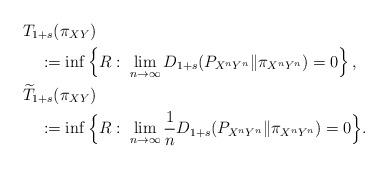
LaTeX: \begin{align*} & T_{1+s}(\pi_{XY}) \\ & \quad:=\inf\left\{ R:\;\lim_{n\to\infty}D_{1+s}(P_{X^{n}Y^{n}}\|\pi_{X^{n}Y^{n}})=0\right\} ,\\ & \widetilde{T}_{1+s}(\pi_{XY}) \\ & \quad:=\inf\Big\{ R:\;\lim_{n\to\infty}\frac{1}{n}D_{1+s}(P_{X^{n}Y^{n}}\|\pi_{X^{n}Y^{n}})=0\Big\}.\end{align*}